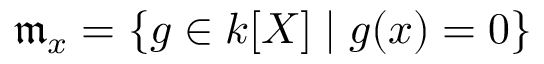
{ \mathfrak { m } } _ { x } = \{ g \in k [ X ] \mid g ( x ) = 0 \}